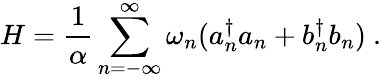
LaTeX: H=\frac{1}{\alpha}\sum_{n=-\infty}^{\infty}{\omega_{n}}(a_{n}^{\dagger}a_{n}+b_{n}^{\dagger}b_{n})~.